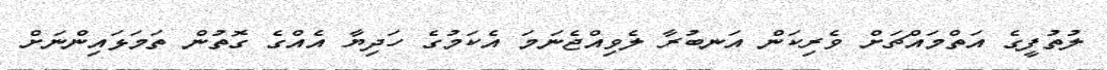
ލުތުފީގެ އަތްމައްޗަށް ވެރިކަން އަނބުރާ ލެވިއްޖެނަމަ އެކަމުގެ ހަދިޔާ އެއްގެ ގޮތުން ތަމަޅައިންނަށް